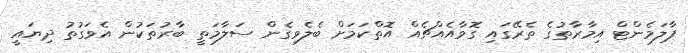
ޕާލަމެންޓް އިމާރާތުގެ ތެރޭގައި ގޮވާއެއްޗެއް އޮތްކަމަށް ބެލެވިގެން ސަލާމަތީ ބާރުތަކުން އެވަގުތު ދިޔައީ